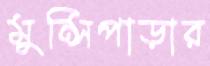
মুন্সিপাড়ার